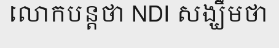
លោកបន្តថា NDI សង្ឃឹមថា